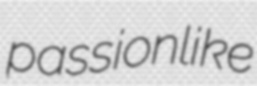
passionlike